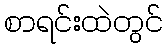
စာရင်းထဲတွင်